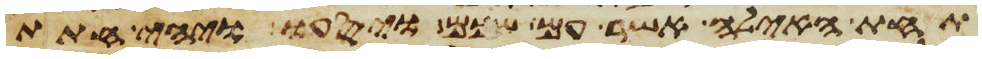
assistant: תחת האילה אשר עם שכם ויסעו ויהי חתת